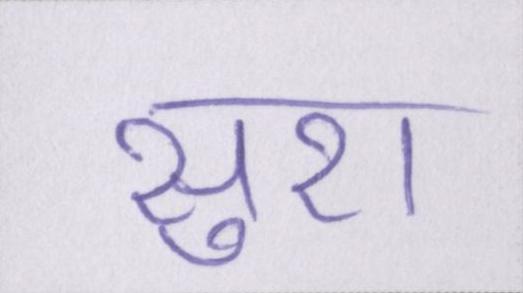
सुरा